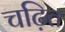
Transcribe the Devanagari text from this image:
चढ़ित